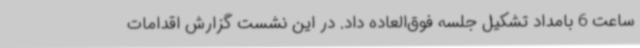
ساعت 6 بامداد تشکیل جلسه فوق‌العاده داد. در این نشست گزارش اقدامات